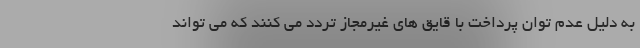
به دلیل عدم توان پرداخت با قایق های غیرمجاز تردد می کنند که می تواند